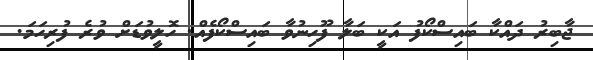
ޖާބިރު ދައްކާ ބައިސްކޯފު އަކީ ބަލާ ފޫހިނުވާ ބައިސްކޯފެއް. ހޮލީވުޑަށް ވުރެ ފުރިހަމަ.